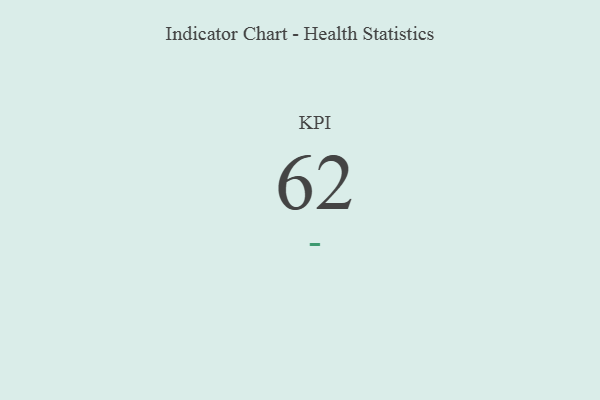
{"axis": {"x": "KPI", "y": "Value"}, "legend": [""], "data": [{"x": "KPI", "y": 62, "type": ""}]}